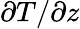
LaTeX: \partial T/\partial z